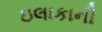
ઇલાકાની